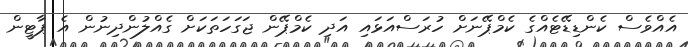
އެއްވެސް ކެންޑިޑޭޓެއްގެ ކެމްޕޭނަށް ހުރަސްއަޅައި އަދި ކެމްޕޭން ޖަގަހަތަކަށް ގެއްލުންދިނުން އެ ޕާޓީން